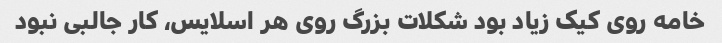
خامه روی کیک زیاد بود شکلات بزرگ روی هر اسلایس، کار جالبی نبود